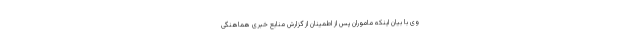
وی با بیان اینکه ماموران پس از اطمینان از گزارش‌ منابع خبری هماهنگی